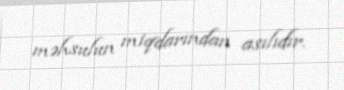
məhsulun miqdarından asılıdır.